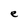
Character: e